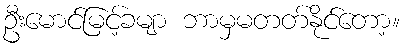
ဦးမောင်မြင့်ခမျာ ဘာမှမတတ်နိုင်တော့။